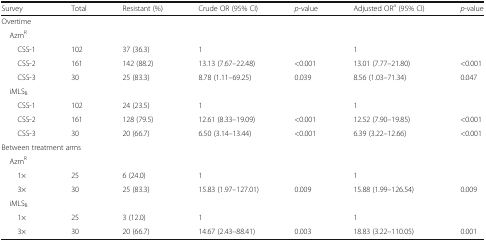
<table><thead><tr><td><b>Survey</b></td><td><b>Total</b></td><td><b>Resistant (%)</b></td><td><b>Crude OR (95% CI)</b></td><td><b><i>p</i>-value</b></td><td><b>Adjusted OR<sup>a</sup> (95% CI)</b></td><td><b><i>p</i>-value</b></td></tr></thead><tbody><tr><td colspan="7">Overtime</td></tr><tr><td colspan="7"> Azm<sup>R</sup></td></tr><tr><td>CSS-1</td><td>102</td><td>37 (36.3)</td><td>1</td><td></td><td>1</td><td></td></tr><tr><td>CSS-2</td><td>161</td><td>142 (88.2)</td><td>13.13 (7.67–22.48)</td><td>&lt;0.001</td><td>13.01 (7.77–21.80)</td><td>&lt;0.001</td></tr><tr><td>CSS-3</td><td>30</td><td>25 (83.3)</td><td>8.78 (1.11–69.25)</td><td>0.039</td><td>8.56 (1.03–71.34)</td><td>0.047</td></tr><tr><td colspan="7"> iMLS<sub>B</sub></td></tr><tr><td>CSS-1</td><td>102</td><td>24 (23.5)</td><td>1</td><td></td><td>1</td><td></td></tr><tr><td>CSS-2</td><td>161</td><td>128 (79.5)</td><td>12.61 (8.33–19.09)</td><td>&lt;0.001</td><td>12.52 (7.90–19.85)</td><td>&lt;0.001</td></tr><tr><td>CSS-3</td><td>30</td><td>20 (66.7)</td><td>6.50 (3.14–13.44)</td><td>&lt;0.001</td><td>6.39 (3.22–12.66)</td><td>&lt;0.001</td></tr><tr><td colspan="7">Between treatment arms</td></tr><tr><td colspan="7"> Azm<sup>R</sup></td></tr><tr><td>1×</td><td>25</td><td>6 (24.0)</td><td>1</td><td></td><td>1</td><td></td></tr><tr><td>3×</td><td>30</td><td>25 (83.3)</td><td>15.83 (1.97–127.01)</td><td>0.009</td><td>15.88 (1.99–126.54)</td><td>0.009</td></tr><tr><td colspan="7"> iMLS<sub>B</sub></td></tr><tr><td>1×</td><td>25</td><td>3 (12.0)</td><td>1</td><td></td><td>1</td><td></td></tr><tr><td>3×</td><td>30</td><td>20 (66.7)</td><td>14.67 (2.43–88.41)</td><td>0.003</td><td>18.83 (3.22–110.05)</td><td>0.001</td></tr></tbody></table>